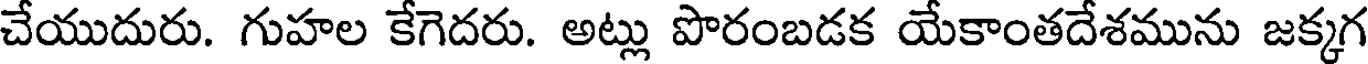
చేయుదురు. గుహల కేగెదరు. అట్లు పొరంబడక యేకాంతదేశమును జక్కగ